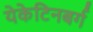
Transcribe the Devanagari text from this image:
येकेटिनबर्ग